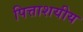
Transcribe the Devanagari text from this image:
पित्ताशयीय